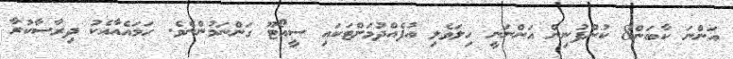
އަންނަ ކާބަން8 ކުންފުނިން އަންނަނީ ހިލަވެލި އުފެއްދުމަށްޓަކައި ސީއޯޓޫ ގަންނަމުންނެވެ. ހަމައެއާއެކު ދިރާސާކުރާ